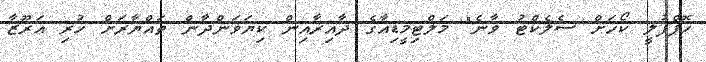
ހޮޕްފުލީ ކޯހަށް ސެލެކްޓު ވާނެ" މަލްޓިމީޑިއާގެ ދާއިރާއިން ކިޔަވަންދާން ތައްޔާރަށް ހުރި އަރޫޒާ